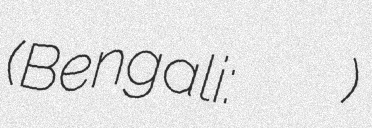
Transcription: (Bengali: সাখাওয়াত হোসেন রনি)